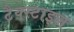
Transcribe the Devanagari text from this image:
टैक्स्टाइल